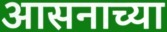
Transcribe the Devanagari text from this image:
आसनाच्या